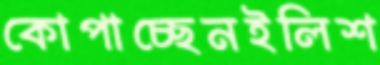
কোপাচ্ছেনইলিশ